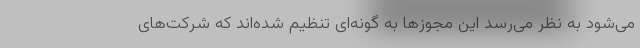
می‌شود به نظر می‌رسد این مجوزها به گونه‌ای تنظیم شده‌اند که شرکت‌های